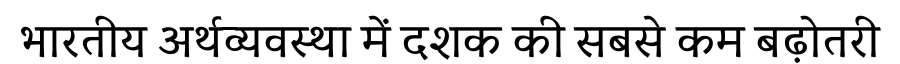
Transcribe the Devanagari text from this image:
भारतीय अर्थव्यवस्था में दशक की सबसे कम बढ़ोतरी